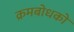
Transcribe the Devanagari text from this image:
क्रमबोधको